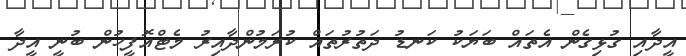
އީދާއި ގުޅިގެން އެތައް ބަޔަކު ކަނޑު ދަތުރުތައް ކުރަމުންދާއިރު މެޓްއޮފީހުން ބުނީ އީދާ